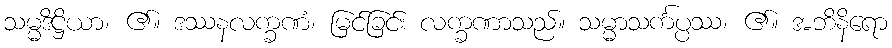
သမ္မဒိဋ္ဌိယာ၊ ၏။ ဒဿနလက္ခဏံ၊ မြင်ခြင်း လက္ခဏာသည်။ သမ္မာသင်္ကပ္ပဿ၊ ၏။ အဘိနိရော